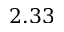
2 . 3 3